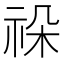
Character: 𥙨